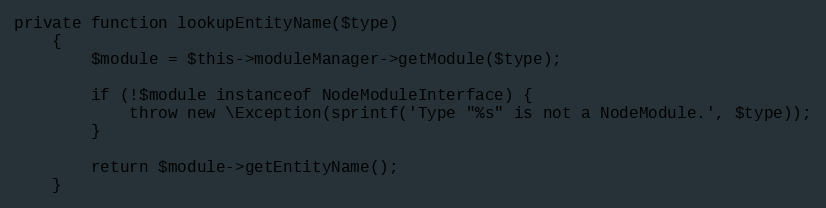
Language: PHP
private function lookupEntityName($type)
    {
        $module = $this->moduleManager->getModule($type);

        if (!$module instanceof NodeModuleInterface) {
            throw new \Exception(sprintf('Type "%s" is not a NodeModule.', $type));
        }

        return $module->getEntityName();
    }